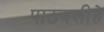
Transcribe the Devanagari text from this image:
पाठवलीहे